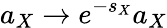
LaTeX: a_{X}\to e^{-s_{X}}a_{X}